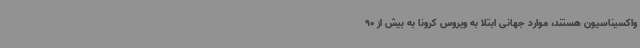
واکسیناسیون هستند، موارد جهانی ابتلا به ویروس کرونا به بیش از 90